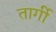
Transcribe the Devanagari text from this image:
तार्गी